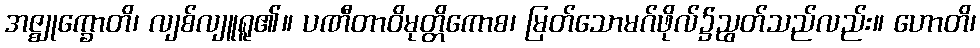
အဇ္ဈုက္ခောတိ၊ လျစ်လျူရူ၏။ ပဏီတာဝိမုတ္တိကောစ၊ မြတ်သောမဂ်ဖိုလ်၌ညွတ်သည်လည်း။ ဟောတိ၊